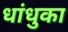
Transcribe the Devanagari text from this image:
धांधुका